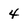
Character: 4